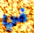
في